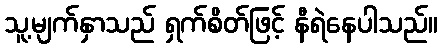
သူ့မျက်နှာသည် ရှက်စိတ်ဖြင့် နီရဲနေပါသည်။